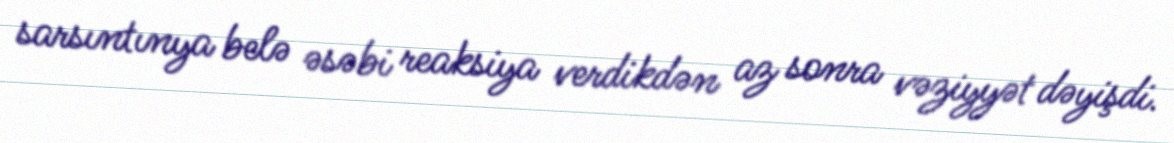
sarsıntınya belə əsəbi reaksiya verdikdən az sonra vəziyyət dəyişdi.